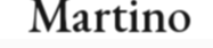
Martino